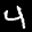
Label: 4